Indian journal of veterinary science and animal husbandry - Volume 6,
Year: 1936
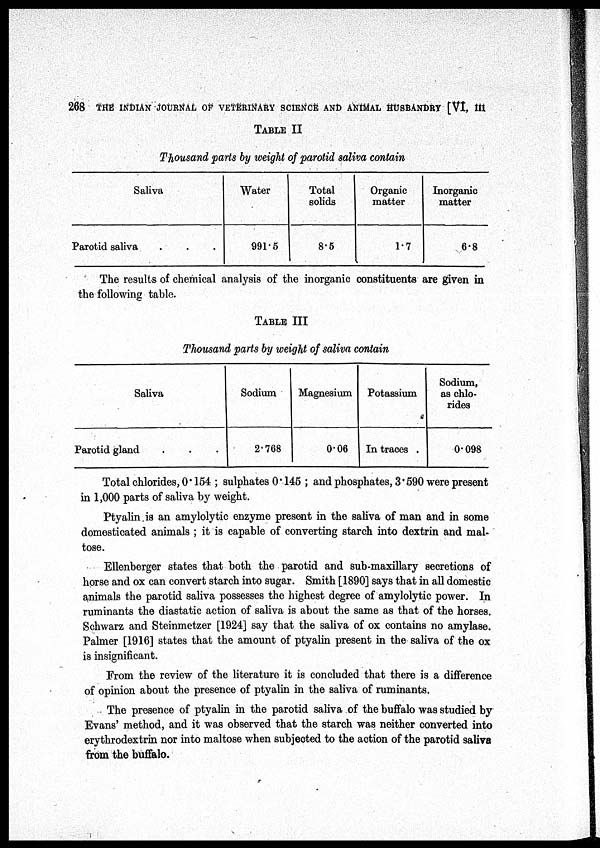
268 THE INDIAN JOURNAL OF VETERINARY SCIENCE AND ANIMAL HUSBANDRY [VI, III
TABLE II
Thousand parts by weight of parotid saliva contain
Saliva
Parotid saliva . . .
Water
991.5
Total
solids
8.5
Organic
matter
1.7
Inorganic
matter
6.8
The results of chemical analysis of the inorganic constituents are given in
the following table.
TABLE III
Thousand parts by weight of saliva contain
Saliva
Parotid gland . . .
Sodium
2.768
Magnesium
0.06
Potassium
In traces .
Sodium,
as chlo-
rides
0.098
Total chlorides, 0. 154 ; sulphates 0. 145 ; and phosphates, 3.590 were present
in 1,000 parts of saliva by weight.
Ptyalin is an amylolytic enzyme present in the saliva of man and in some
domesticated animals ; it is capable of converting starch into dextrin and mal-
tose.
Ellenberger states that both the parotid and sub-maxillary secretions of
horse and ox can convert starch into sugar. Smith [1890] says that in all domestic
animals the parotid saliva possesses the highest degree of amylolytic power. In
ruminants the diastatic action of saliva is about the same as that of the horses.
Schwarz and Steinmetzer [1924] say that the saliva of ox contains no amylase.
Palmer [1916] states that the amount of ptyalin present in the saliva of the ox
is insignificant.
From the review of the literature it is concluded that there is a difference
of opinion about the presence of ptyalin in the saliva of ruminants.
The presence of ptyalin in the parotid saliva of the buffalo was studied by
Evans' method, and it was observed that the starch was neither converted into
erythrodextrin nor into maltose when subjected to the action of the parotid saliva
from the buffalo.